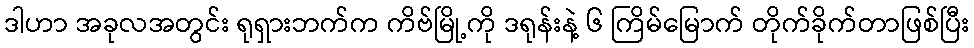
ဒါဟာ အခုလအတွင်း ရုရှားဘက်က ကိဗ်မြို့ကို ဒရုန်းနဲ့ ၆ ကြိမ်မြောက် တိုက်ခိုက်တာဖြစ်ပြီး